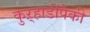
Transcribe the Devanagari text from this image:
कुऱ्हाडींपैकी